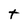
Character: t